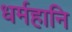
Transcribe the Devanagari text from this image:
धर्महानि